Report of the Indian Hemp Drugs Commission, 1894-1895 - Volume III
Year: 1894
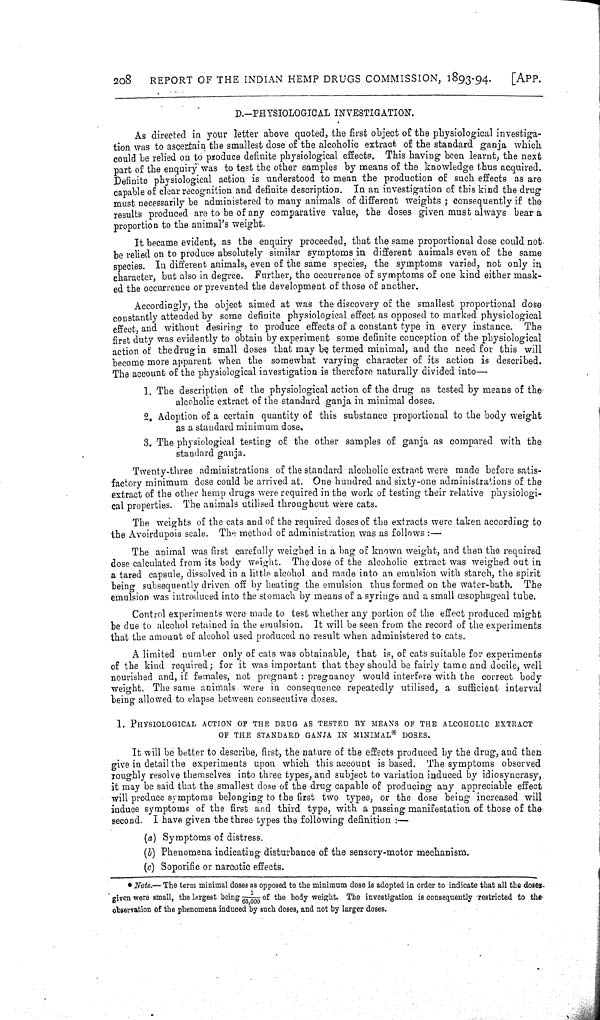
208
REPORT OF THE INDIAN HEMP DRUGS COMMISSION, 1893-94.
[APP.
D.—PHYSIOLOGICAL INVESTIGATION.
As directed in your letter above quoted, the first object of the physiological investiga-
tion was to ascertain the smallest dose of the alcoholic extract of the standard ganja which
could be relied on to produce definite physiological effects. This having been learnt, the next
part of the enquiry was to test the other samples by means of the knowledge thus acquired.
Definite physiological action is understood to mean the production of such effects as are
capable of clear recognition and definite description. In an investigation of this kind the drug
must necessarily be administered to many animals of different weights; consequently if the
results produced are to be of any comparative value, the doses given must always bear a
proportion to the animal's weight.
It became evident, as the enquiry proceeded, that the same proportional dose could not
be relied on to produce absolutely similar symptoms in different animals even of the same
species. In different animals, even of the same species, the symptoms varied, not only in
character, but also in degree. Further, the occurrence of symptoms of one kind either mask-
ed the occurrence or prevented the development of those of another.
Accordingly, the object aimed at was the discovery of the smallest proportional dose
constantly attended by some definite physiological effect as opposed to marked physiological
effect, and without desiring to produce effects of a constant type in every instance. The
first duty was evidently to obtain by experiment some definite conception of the physiological
action of the drug in small doses that may be termed minimal, and the need for this will
become more apparent when the somewhat varying character of its action is described.
The account of the physiological investigation is therefore naturally divided into-
1. The description of the physiological action of the drug as tested by means of the-
alcoholic extract of the standard ganja in minimal doses.
2. Adoption of a certain quantity of this substance proportional to the body weight
as a standard minimum dose.
3. The physiological testing of the other samples of ganja as compared with the
standard ganja.
Twenty-three administrations of the standard alcoholic extract were made before satis-
factory minimum dose could be arrived at. One hundred and sixty-one administrations of the
extract of the other hemp drugs were required in the work of testing their relative physiologi-
cal properties. The animals utilised throughout were cats.
The weights of the cats and of the required doses of the extracts were taken according to
the Avoirdupois scale. The method of administration was as follows:-
The animal was first carefully weighed in a bag of known weight, and then the required
dose calculated from its body weight. The dose of the alcoholic extract was weighed out in
a tared capsule, dissolved in a little alcohol and made into an emulsion with starch, the spirit
being subsequently driven off by heating the emulsion thus formed on the water-bath. The
emulsion was introduced into the stomach by means of a syringe and a small œsophageal tube.
Control experiments were made to test whether any portion of the effect produced might
be due to alcohol retained in the emulsion. It will be seen from the record of the experiments
that the amount of alcohol used produced no result when administered to cats.
A limited number only of cats was obtainable, that is, of cats suitable for experiments
of the kind required; for it was important that they should be fairly tame and docile, well
nourished and, if females, not pregnant: pregnancy would interfere with the correct body
weight. The same animals were in consequence repeatedly utilised, a sufficient interval
being allowed to elapse between consecutive doses.
1. PHYSIOLOGICAL ACTION OF THE DRUG AS TESTED BY MEANS OF THE ALCOHOLIC EXTRACT
OF THE STANDARD GANJA IN MINIMAL* DOSES.
It will be better to describe, first, the nature of the effects produced by the drug, and then
give in detail the experiments upon which this account is based. The symptoms observed
roughly resolve themselves into three types, and subject to variation induced by idiosyncrasy,
it may be said that the smallest dose of the drug capable of producing any appreciable effect
will produce symptoms belonging to the first two types, or the dose being increased will
induce symptoms of the first and third type, with a passing manifestation of those of the
second. I have given the three types the following definition:—
(a) Symptoms of distress.
(b) Phenomena indicating disturbance of the sensory-motor mechanism.
(c) Soporific or narcotic effects.
* Note.— The term minimal doses as opposed to the minimum dose is adopted in order to indicate that all the doses
given were small, the largest being 1/65,000 of the body weight. The investigation is consequently restricted to the
observation of the phenomena induced by such doses, and not by larger doses.